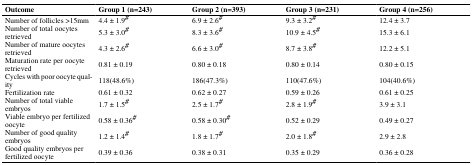
<table><thead><tr><td><b>Outcome</b></td><td><b>Group 1 (n=243)</b></td><td><b>Group 2 (n=393)</b></td><td><b>Group 3 (n=231)</b></td><td><b>Group 4 (n=256)</b></td></tr></thead><tbody><tr><td>Number of follicles &gt;15mm</td><td>4.4 ± 1.9#</td><td>6.9 ± 2.6#</td><td>9.3 ± 3.2#</td><td>12.4 ± 3.7</td></tr><tr><td>Number of total oocytes retrieved</td><td>5.3 ± 3.0#</td><td>8.3 ± 3.6#</td><td>10.9 ± 4.5#</td><td>15.3 ± 6.1</td></tr><tr><td>Number of mature oocytes retrieved</td><td>4.3 ± 2.6#</td><td>6.6 ± 3.0#</td><td>8.7 ± 3.8#</td><td>12.2 ± 5.1</td></tr><tr><td>Maturation rate per oocyte retrieved</td><td>0.81 ± 0.19</td><td>0.80 ± 0.18</td><td>0.80 ± 0.14</td><td>0.80 ± 0.15</td></tr><tr><td>Cycles with poor oocyte quality</td><td>118(48.6%)</td><td>186(47.3%)</td><td>110(47.6%)</td><td>104(40.6%)</td></tr><tr><td>Fertilization rate</td><td>0.61 ± 0.32</td><td>0.62 ± 0.27</td><td>0.59 ± 0.26</td><td>0.61 ± 0.25</td></tr><tr><td>Number of total viable embryos</td><td>1.7 ± 1.5#</td><td>2.5 ± 1.7#</td><td>2.8 ± 1.9#</td><td>3.9 ± 3.1</td></tr><tr><td>Viable embryo per fertilized oocyte</td><td>0.58 ± 0.36#</td><td>0.58 ± 0.30#</td><td>0.52 ± 0.29</td><td>0.49 ± 0.27</td></tr><tr><td>Number of good quality embryos</td><td>1.2 ± 1.4#</td><td>1.8 ± 1.7#</td><td>2.0 ± 1.8#</td><td>2.9 ± 2.8</td></tr><tr><td>Good quality embryos per fertilized oocyte</td><td>0.39 ± 0.36</td><td>0.38 ± 0.31</td><td>0.35 ± 0.29</td><td>0.36 ± 0.28</td></tr></tbody></table>